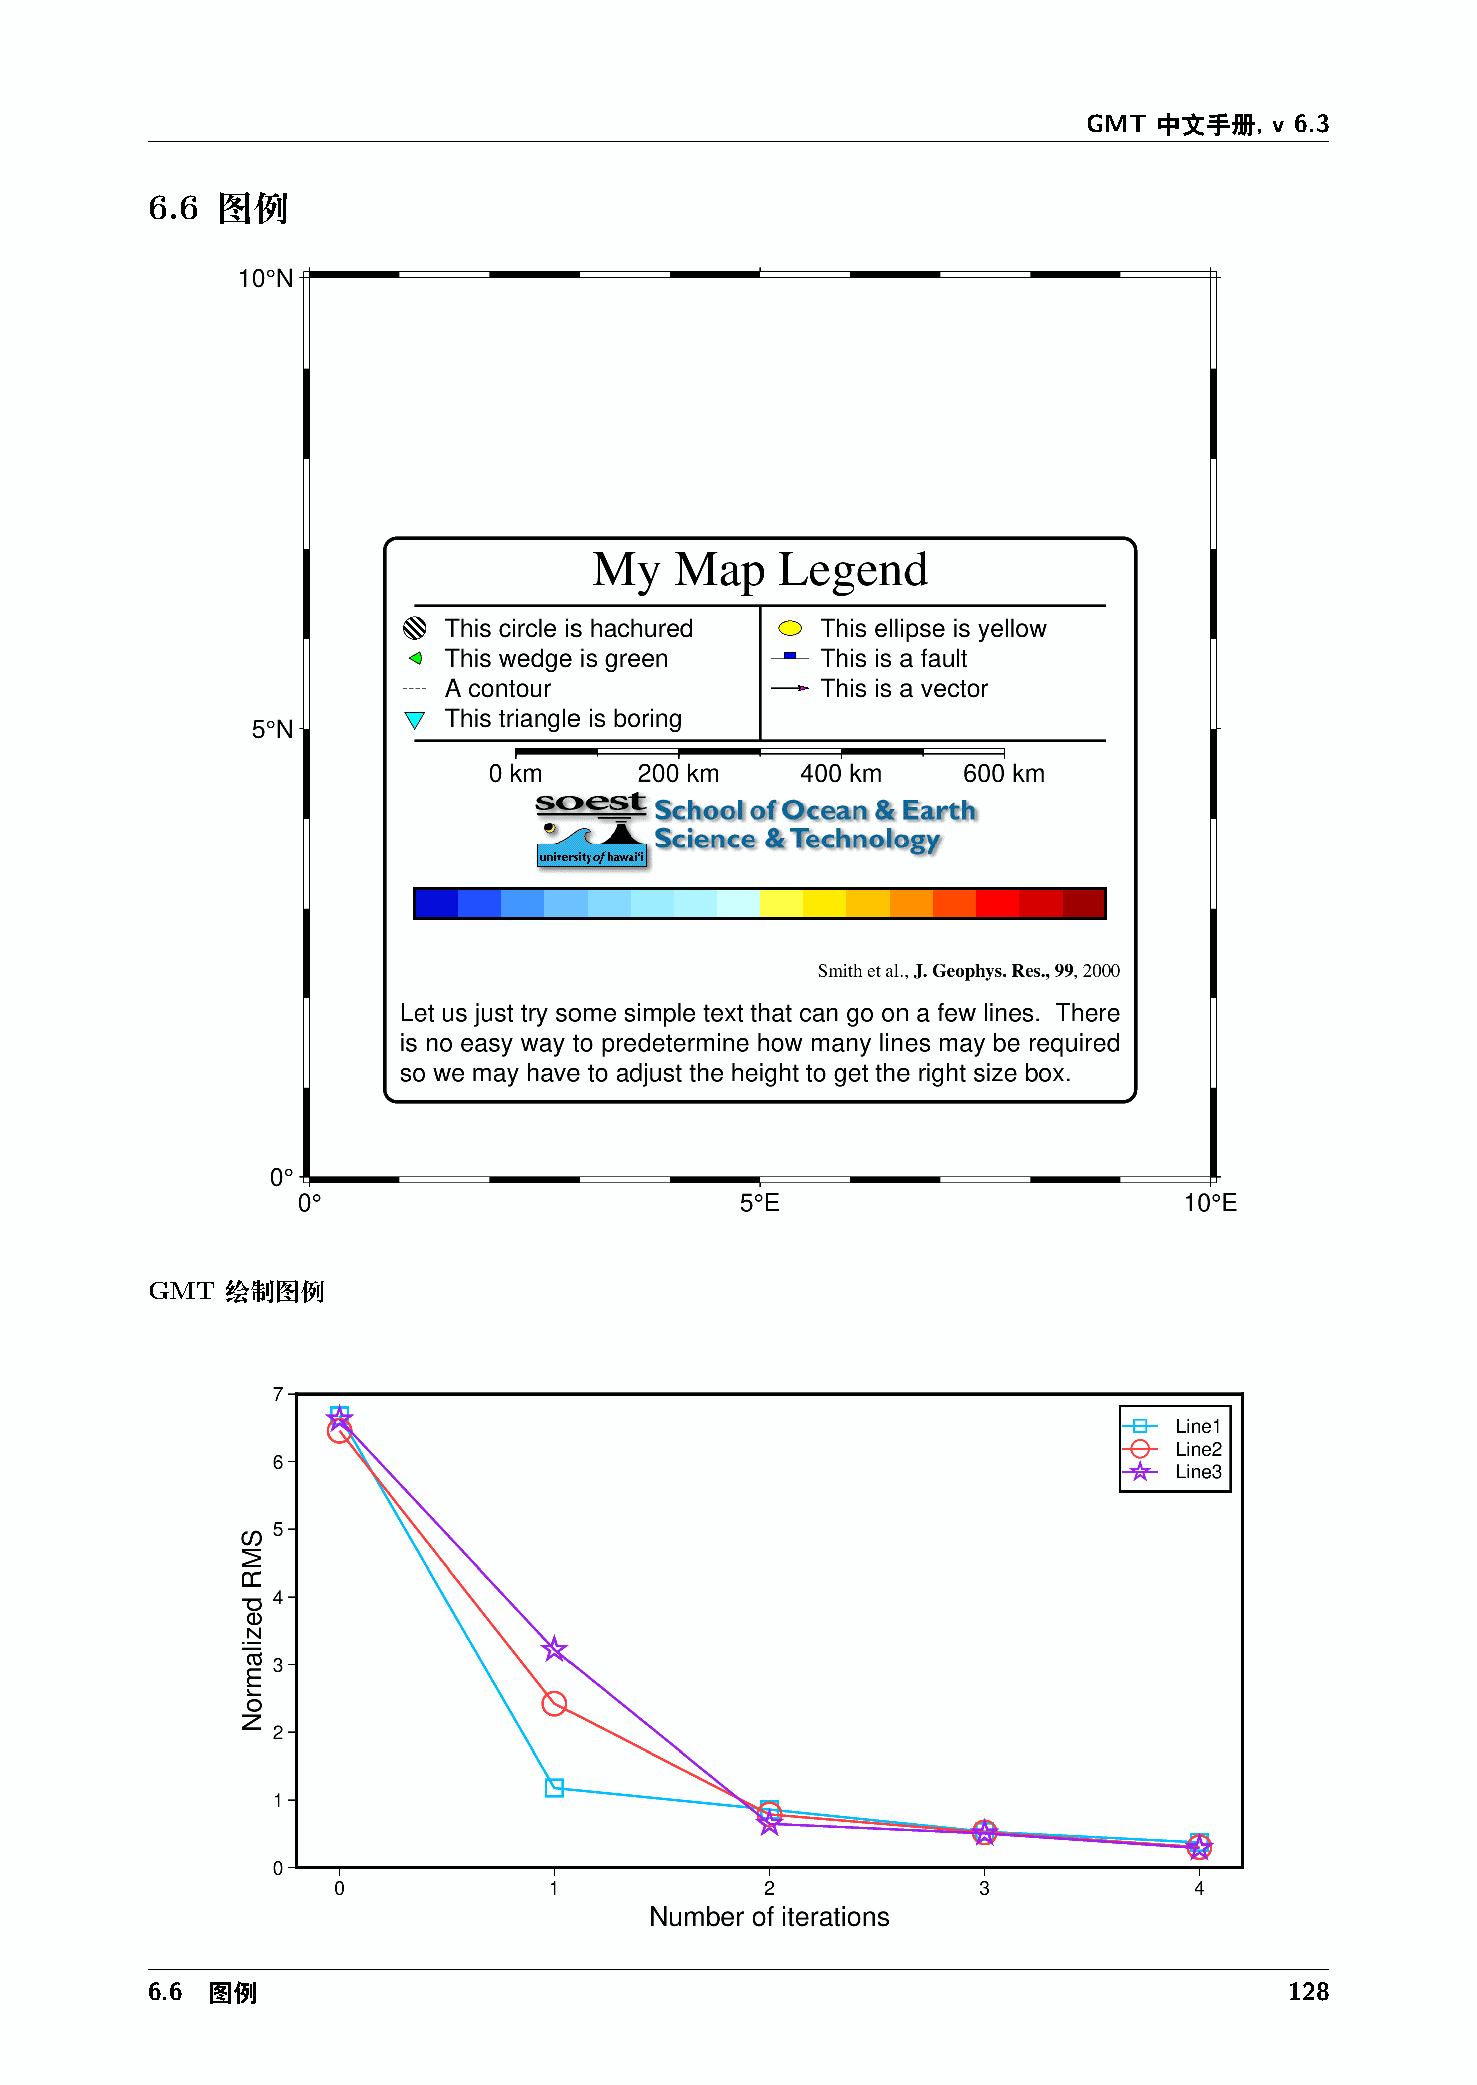
GMT  中文手册,  v 6.3
 6.6 图例
 GMT  绘制图例
 6.6 图例                                                                     128